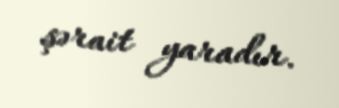
şərait yaradır.